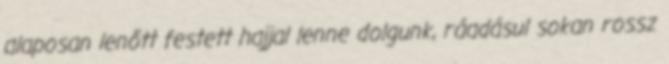
alaposan lenőtt festett hajjal lenne dolgunk, ráadásul sokan rossz